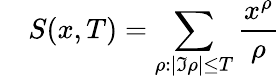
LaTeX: \quad S(x,T)=\sum_{\rho:|\Im\rho|\leq T}{\frac{x^{\rho}}{\rho}}